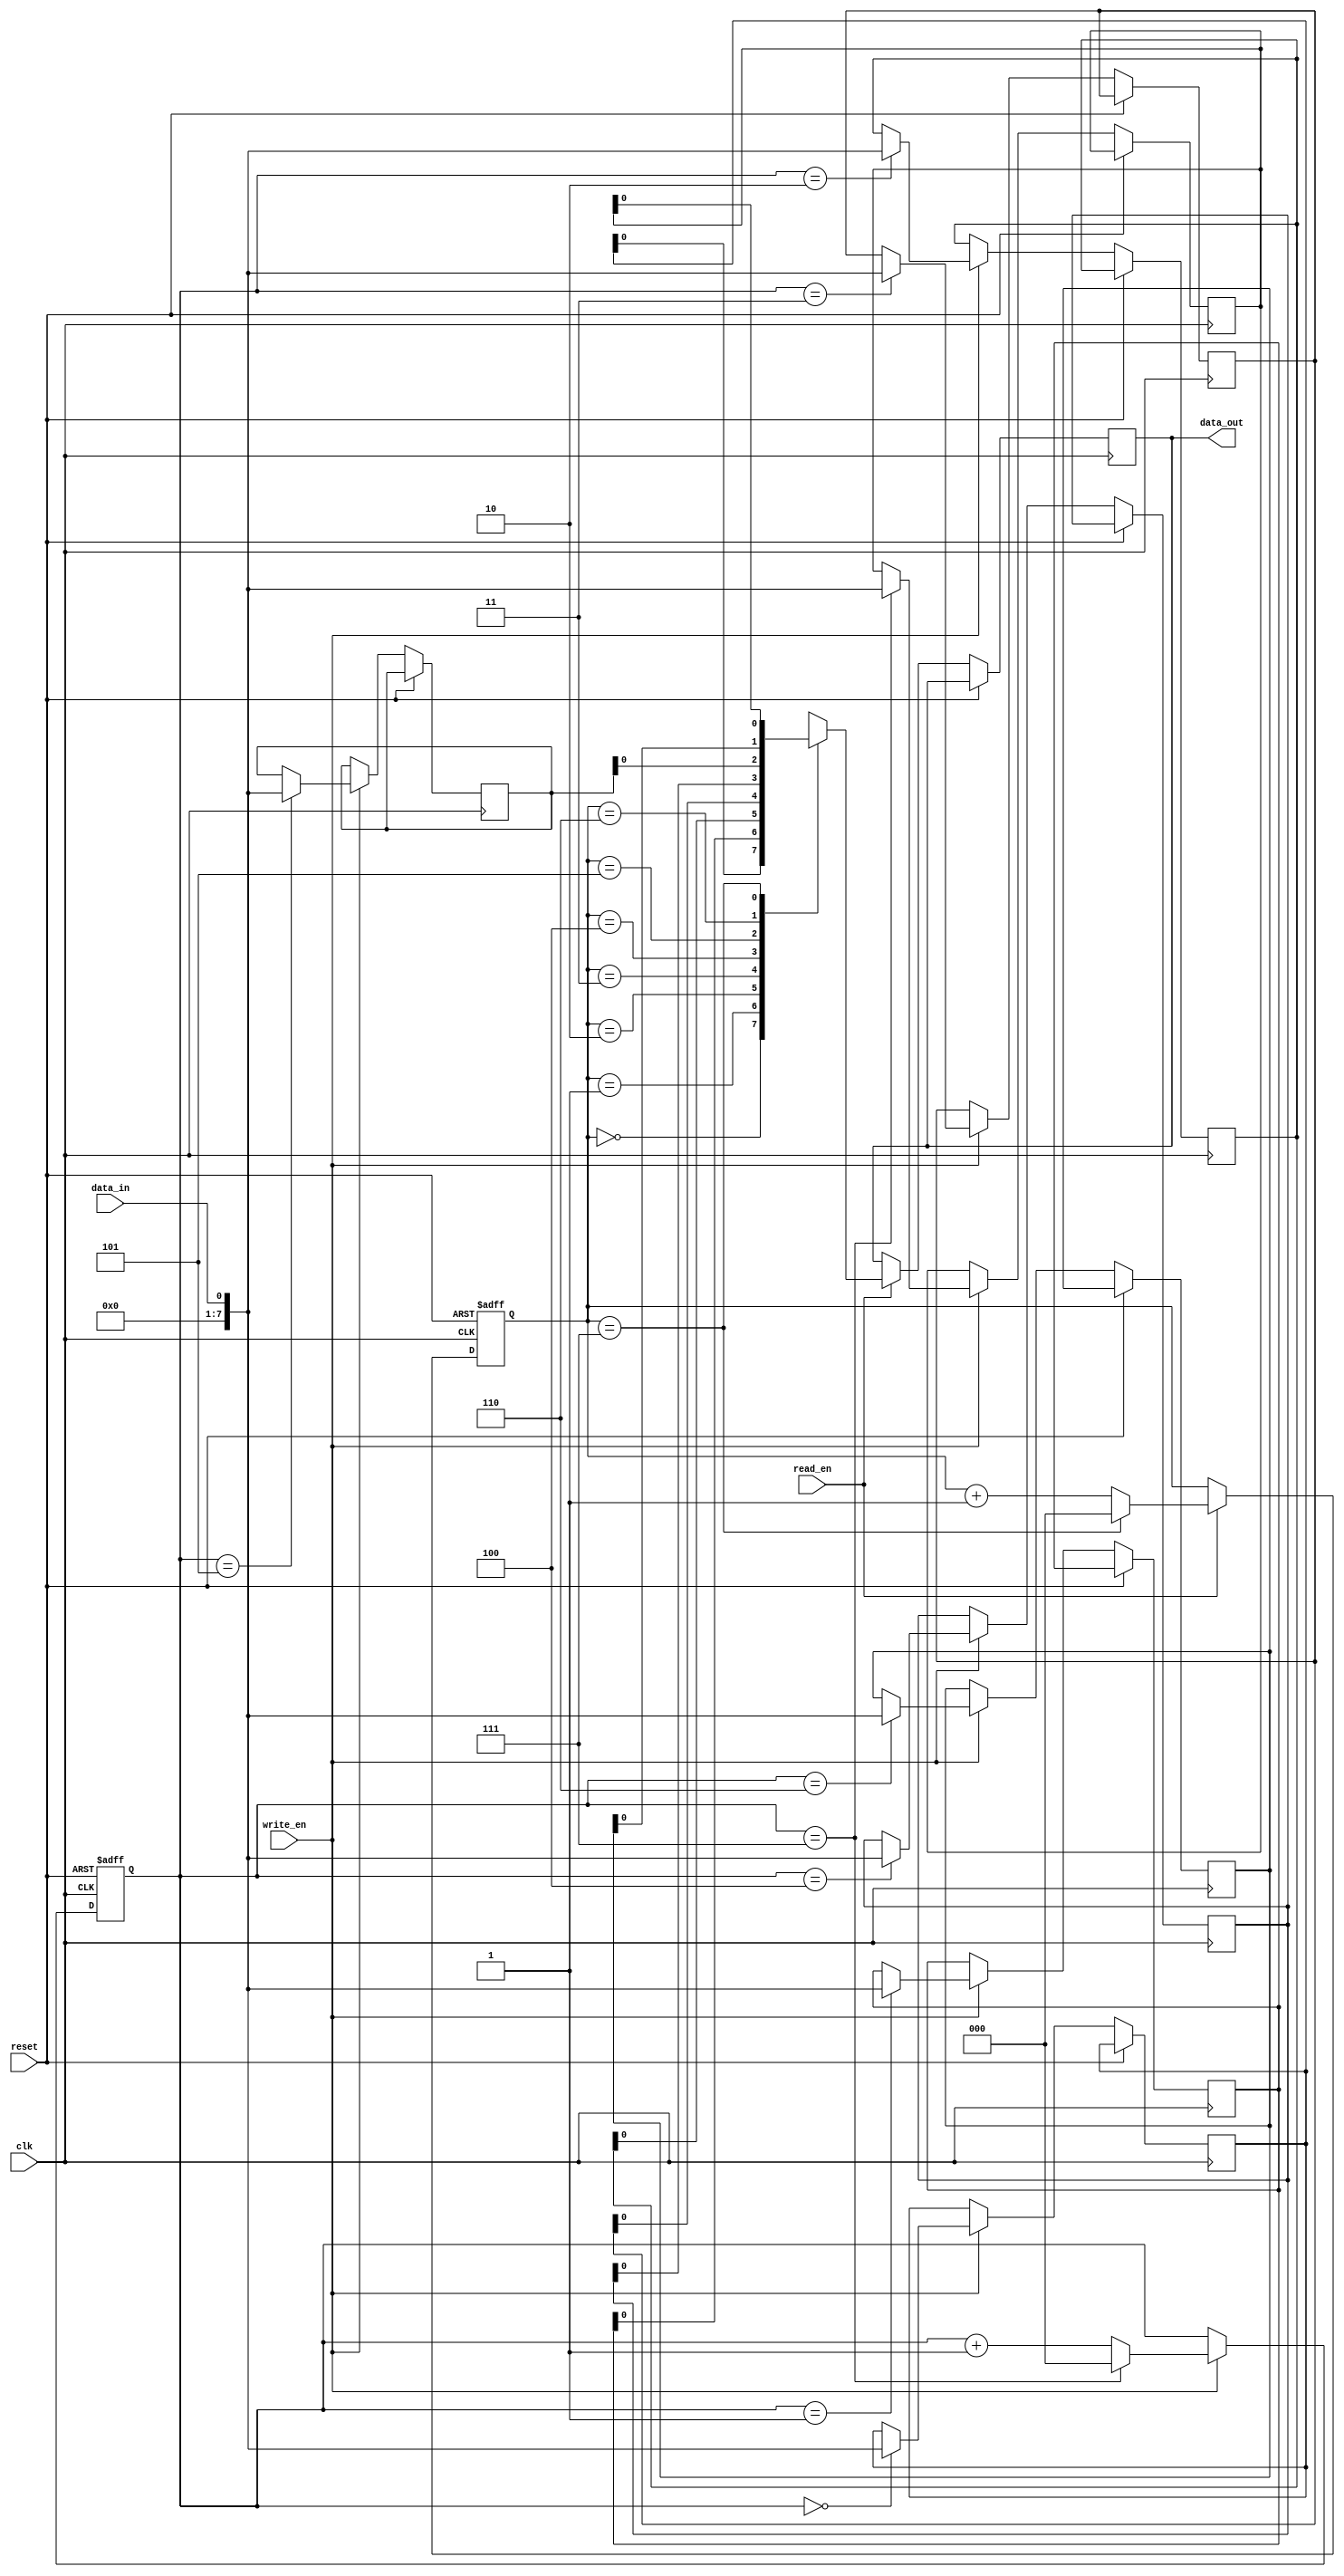
module fifo (
  input wire clk,          // Clock input
  input wire reset,        // Reset input
  input wire write_en,     // Write enable input
  input wire read_en,      // Read enable input
  input wire data_in,      // Data input
  output reg data_out      // Data output
);

parameter BUFFER_SIZE = 8; // Buffer size

reg [7:0] buffer [0:BUFFER_SIZE-1]; // Buffer array
reg [2:0] read_ptr, write_ptr;     // Read and write pointers

always @(posedge clk or posedge reset) begin
  if (reset) begin
    read_ptr <= 0;
    write_ptr <= 0;
  end else begin
    if (write_en) begin
      buffer[write_ptr] <= data_in;
      write_ptr <= (write_ptr == BUFFER_SIZE-1) ? 0 : write_ptr + 1;
    end
    if (read_en) begin
      data_out <= buffer[read_ptr];
      read_ptr <= (read_ptr == BUFFER_SIZE-1) ? 0 : read_ptr + 1;
    end
  end
end

endmodule